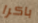
باكرا